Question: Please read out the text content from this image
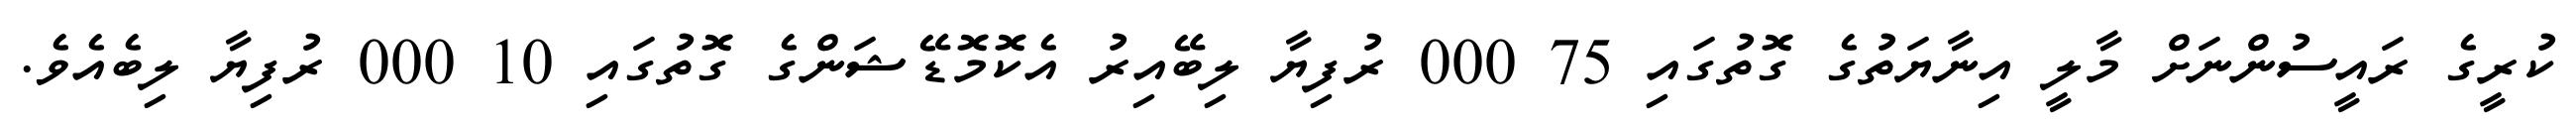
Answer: ކުރީގެ ރައީސުންނަށް މާލީ އިނާޔަތުގެ ގޮތުގައި 75 000 ރުފިޔާ ލިބޭއިރު އެކޮމޮޑޭޝަންގެ ގޮތުގައި 10 000 ރުފިޔާ ލިބެއެވެ.